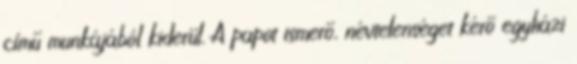
című munkájából kiderül. A papot ismerő, névtelenséget kérő egyházi